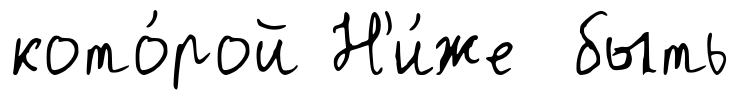
кото́рой Н'и́же быть